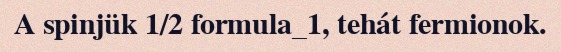
A spinjük 1/2 formula_1, tehát fermionok.